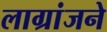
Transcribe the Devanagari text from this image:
लाग्रांजने